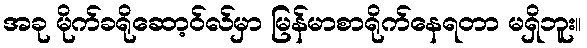
အခု မိုက်ခရိုဆော့ဝ်လ်မှာ မြန်မာစာရိုက်နေရတာ မရှိဘူး။